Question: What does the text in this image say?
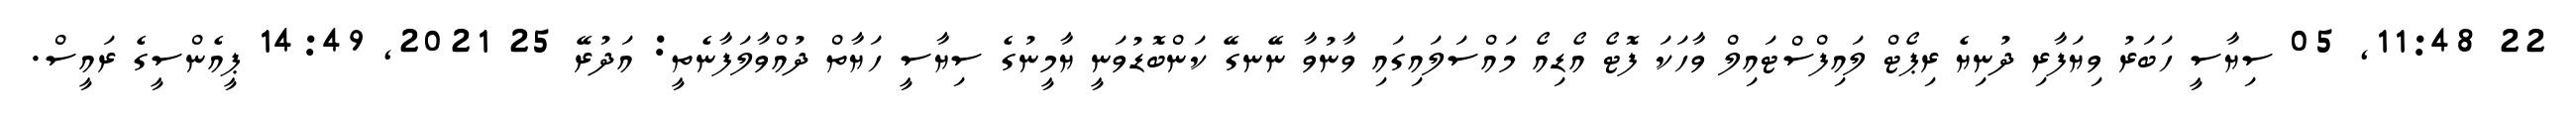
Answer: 22 11:48, 05 ސިޔާސީ ހަބަރު ވިޔަފާރި ދުނިޔެ ރިޕޯޓް ލައިފްސްޓައިލް ވާހަކަ ފޮޓޯ އޯޑިއޯ މައްސަލައިގައި ވާނުވާ ނޭނގޭ ކަންބޮޑުވަނީ ޔާމީނުގެ ސިޔާސީ ހަޔާތް ދުއްވާލަފާނެތީ: އަދުރޭ 25 2021, 14:49 ޕީއެންސީގެ ރައީސް.